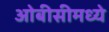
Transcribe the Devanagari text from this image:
ओबीसीमध्ये